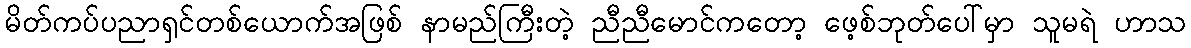
မိတ်ကပ်ပညာရှင်တစ်ယောက်အဖြစ် နာမည်ကြီးတဲ့ ညီညီမောင်ကတော့ ဖေ့စ်ဘုတ်ပေါ်မှာ သူမရဲ ဟာသ